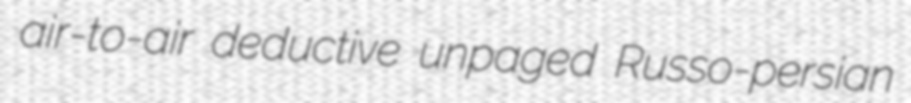
air-to-air deductive unpaged Russo-persian